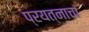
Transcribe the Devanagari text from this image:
प्रयत्‍नाचा